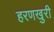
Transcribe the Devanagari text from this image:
हरणखुरी